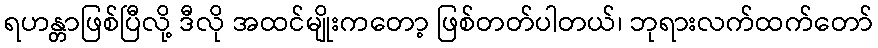
ရဟန္တာဖြစ်ပြီလို့ ဒီလို အထင်မျိုးကတော့ ဖြစ်တတ်ပါတယ်၊ ဘုရားလက်ထက်တော်